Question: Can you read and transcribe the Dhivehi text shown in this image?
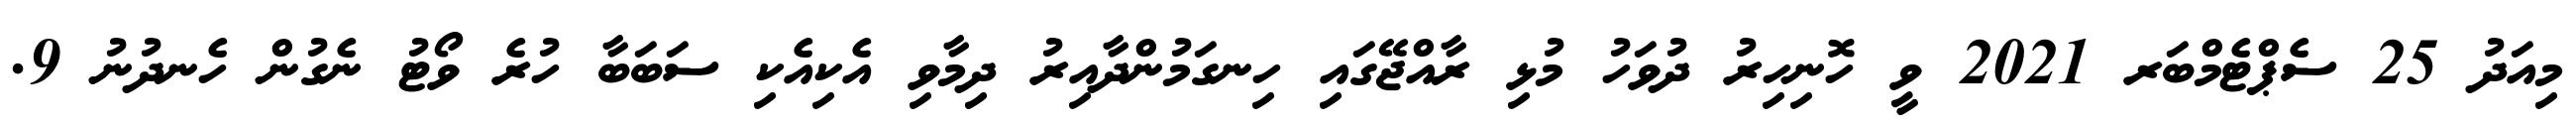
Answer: މިއަދު 25 ސެޕްޓެމްބަރ 2021 ވީ ހޮނިހިރު ދުވަހު މުޅި ރާއްޖޭގައި ހިނގަމުންދާއިރު ދިމާވި އެކިއެކި ސަބަބާ ހުރެ ވޯޓު ނެގުން ހެނދުނު 9.